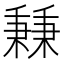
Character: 𥡝